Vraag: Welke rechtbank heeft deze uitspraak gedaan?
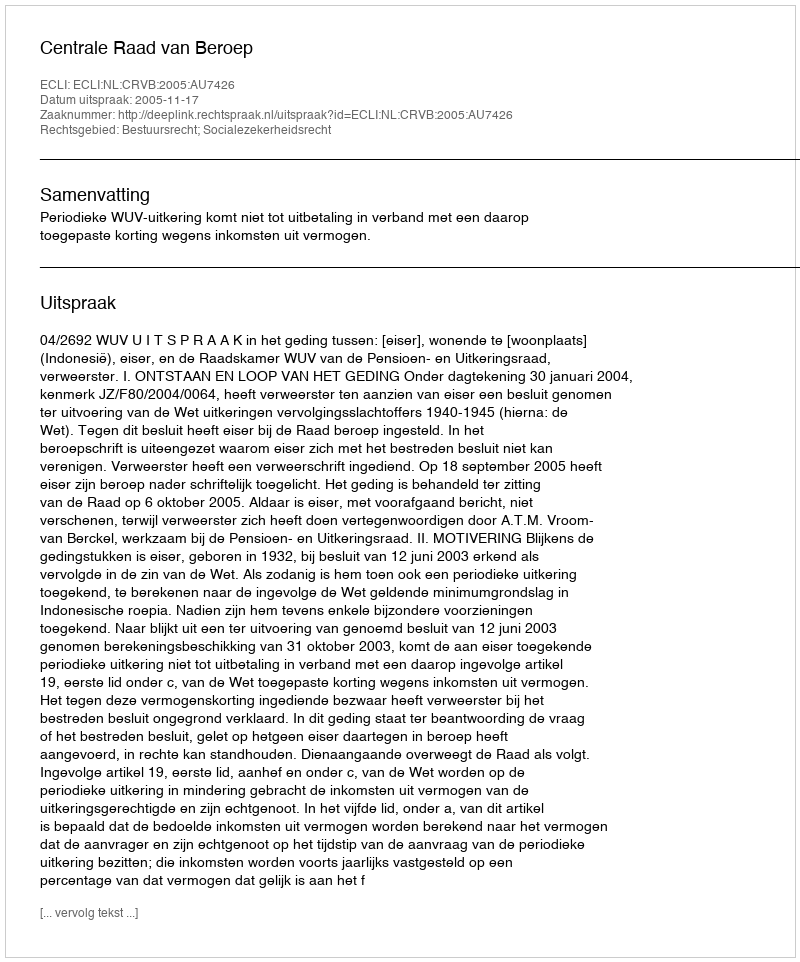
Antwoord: Centrale Raad van Beroep